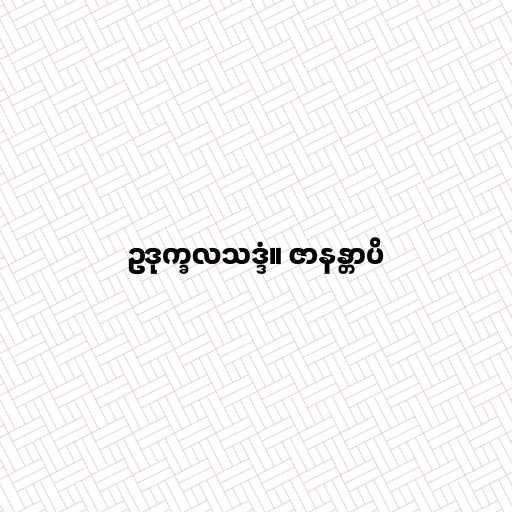
ဥဒုက္ခလသဒ္ဒံ။ ဇာနန္တာပိ